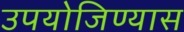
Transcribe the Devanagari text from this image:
उपयोजिण्यास